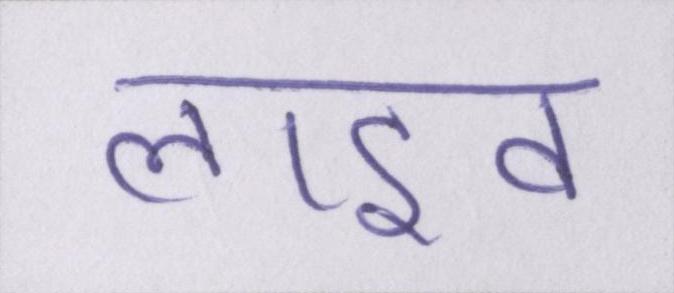
लाइव